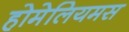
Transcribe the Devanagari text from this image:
होमेलियमस